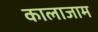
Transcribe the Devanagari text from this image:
कालाजाम